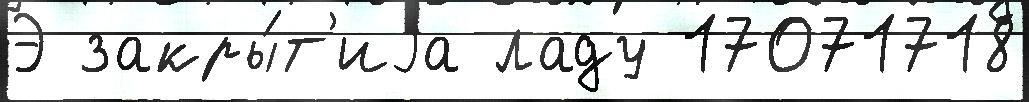
Э закры́т'иjа ладу 17071718